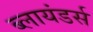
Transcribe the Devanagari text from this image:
ब्लायंडर्स